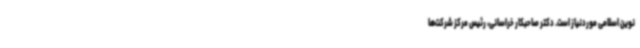
نوین اسلامی موردنیاز است. دکتر صاحبکار خراسانی، رئیس مرکز شرکت‌ها